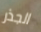
الجذر